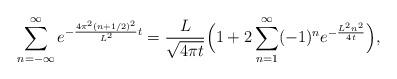
LaTeX: \begin{align*}\sum_{n=-\infty}^{\infty} e^{-{4\pi^{2}(n+1/2)^{2} \over L^{2}}t}={L \over \sqrt{4\pi t}}\Bigl( 1+2\sum_{n=1}^{\infty} (-1)^{n}e^{-{L^{2}n^{2} \over 4t}}\Bigr),\end{align*}